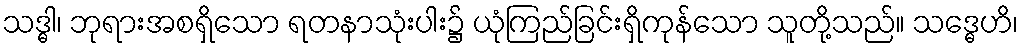
သဒ္ဓါ၊ ဘုရားအစရှိသော ရတနာသုံးပါး၌ ယုံကြည်ခြင်းရှိကုန်သော သူတို့သည်။ သဒ္ဓေဟိ၊